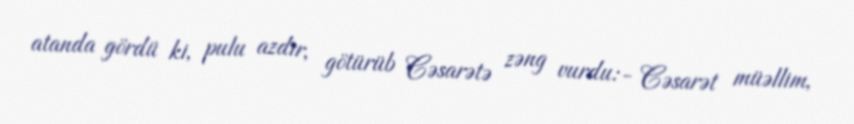
atanda gördü ki, pulu azdır, götürüb Cəsarətə zəng vurdu:- Cəsarət müəllim,